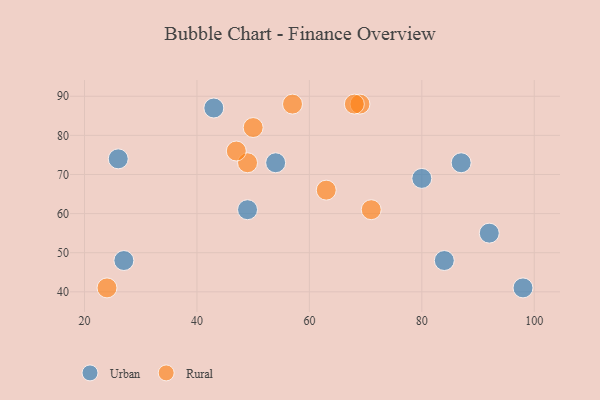
{"axis": {"x": "GDP", "y": "Life Expectancy"}, "legend": ["Rural", "Urban"], "data": [{"x": "49", "y": 61, "type": "Urban"}, {"x": "98", "y": 41, "type": "Urban"}, {"x": "54", "y": 73, "type": "Urban"}, {"x": "43", "y": 87, "type": "Urban"}, {"x": "92", "y": 55, "type": "Urban"}, {"x": "80", "y": 69, "type": "Urban"}, {"x": "84", "y": 48, "type": "Urban"}, {"x": "27", "y": 48, "type": "Urban"}, {"x": "26", "y": 74, "type": "Urban"}, {"x": "87", "y": 73, "type": "Urban"}, {"x": "63", "y": 66, "type": "Rural"}, {"x": "57", "y": 88, "type": "Rural"}, {"x": "69", "y": 88, "type": "Rural"}, {"x": "49", "y": 73, "type": "Rural"}, {"x": "68", "y": 88, "type": "Rural"}, {"x": "50", "y": 82, "type": "Rural"}, {"x": "71", "y": 61, "type": "Rural"}, {"x": "47", "y": 76, "type": "Rural"}, {"x": "24", "y": 41, "type": "Rural"}]}